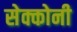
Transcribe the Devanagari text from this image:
सेक्कोनी